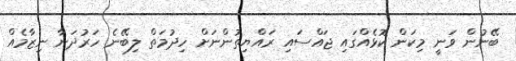
ބޭނުން ވަނީ މިކަން ކޮޅެއްގައި ޖައްސައި ރައްޔިތުންނަށް ހިދުމަތް ލިބޭނެ ހަރުދަނާ ނިޒާމެއް